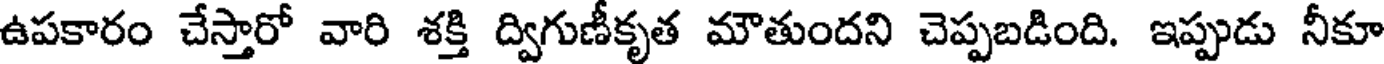
ఉపకారం చేస్తారో వారి శక్తి ద్విగుణీకృత మౌతుందని చెప్పబడింది. ఇప్పుడు నీకూ